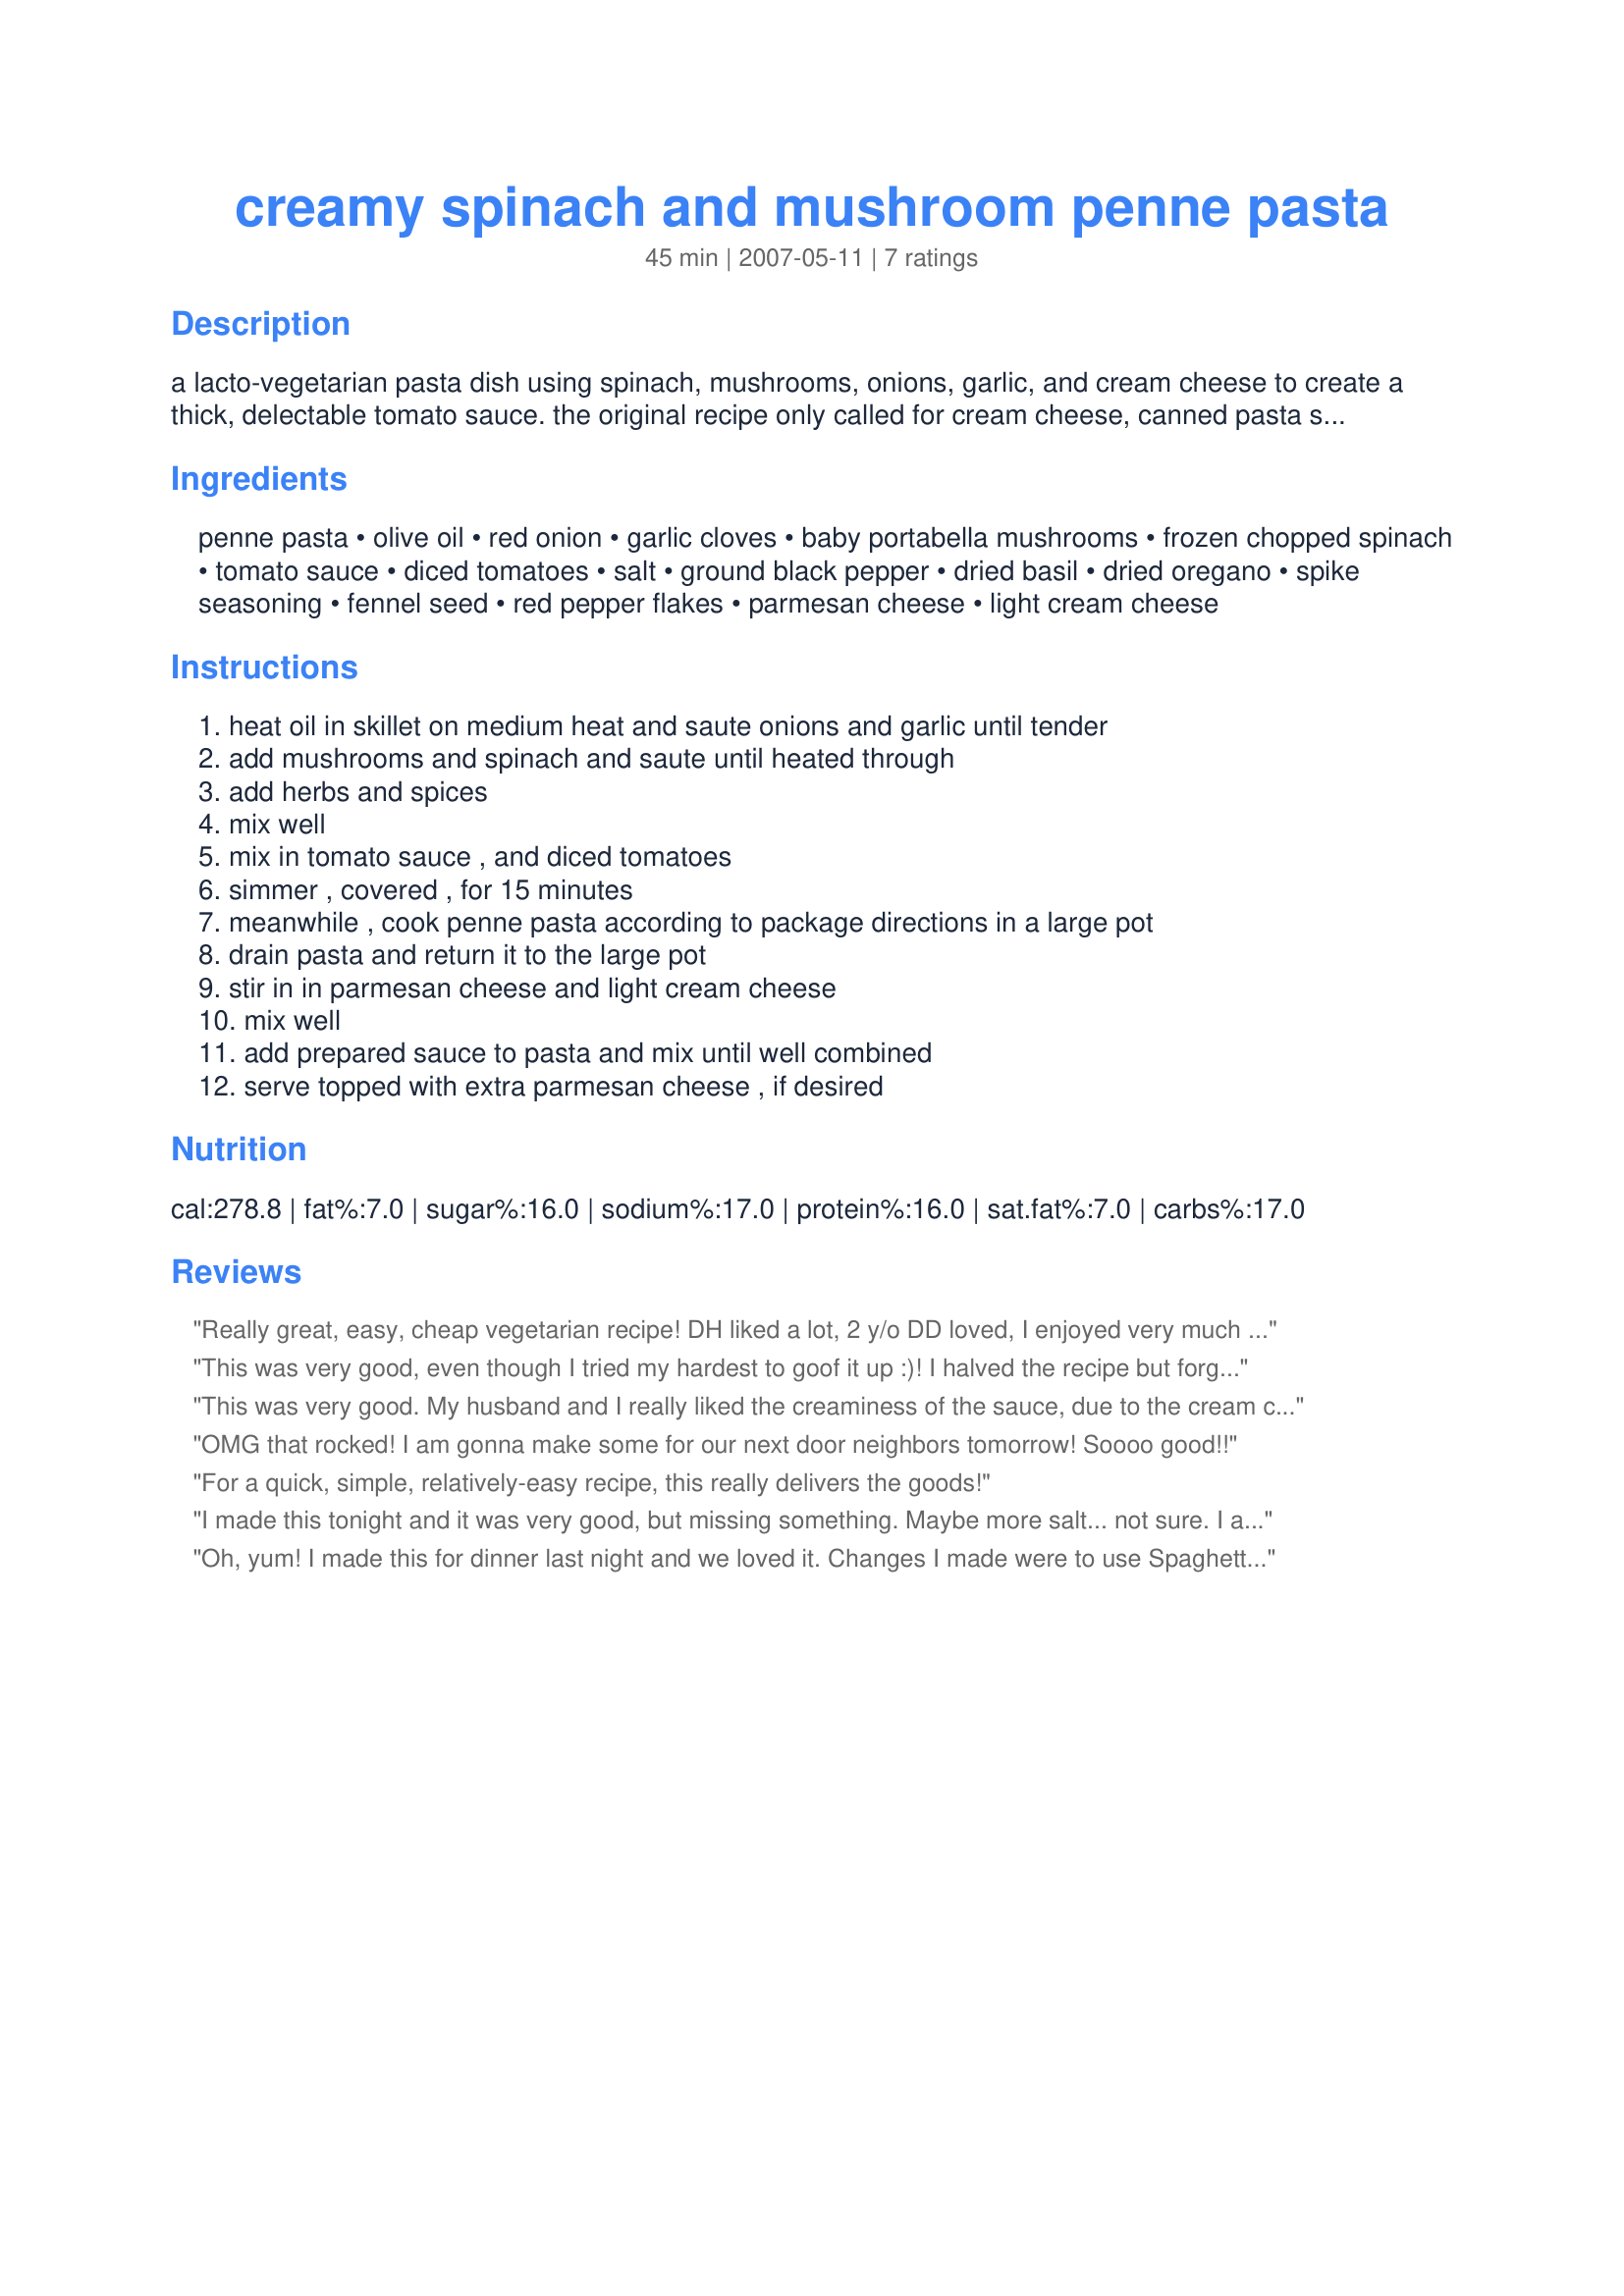
creamy spinach and mushroom penne pasta
Preparation time: 45 minutes

a lacto-vegetarian pasta dish using spinach, mushrooms, onions, garlic, and cream cheese to create a thick, delectable tomato sauce. the original recipe only called for cream cheese, canned pasta sauce, spinach, pasta, and parmesan cheese. i added the mushrooms to give the sauce more substance.

Ingredients:
penne pasta, olive oil, red onion, garlic cloves, baby portabella mushrooms, frozen chopped spinach, tomato sauce, diced tomatoes, salt, ground black pepper, dried basil, dried oregano, spike seasoning, fennel seed, red pepper flakes, parmesan cheese, light cream cheese

Steps:
heat oil in skillet on medium heat and saute onions and garlic until tender, add mushrooms and spinach and saute until heated through, add herbs and spices, mix well, mix in tomato sauce , and diced tomatoes, simmer , covered , for 15 minutes, meanwhile , cook penne pasta according to package directions in a large pot, drain pasta and return it to the large pot, stir in in parmesan cheese and light cream cheese, mix well, add prepared sauce to pasta and mix until well combined, serve topped with extra parmesan cheese , if desired

Reviews:
Really great, easy, cheap vegetarian recipe! DH liked a lot, 2 y/o DD loved, I enjoyed very much :) Omitted the onions because of DH, sauteed the mushrooms until fully cooked before adding garlic and spinach and added an extra clove or garlic. I used bottled pasta sauce (Classico Spinach and Cheese) for speed and ease. Next time I will probably try adding a little sherry to the mushrooms when they're sauteeing. Made homeade garlic bread (hamburger buns toasted with butter, garlic and parm) and salads. An A meal :) Thanks, for the love of veggies!
This was very good, even though I tried my hardest to goof it up :)! I halved the recipe but forgot to halve the cream cheese, parmesan, and spices. Duh! BUT it tasted great nonetheless, and I can't wait to make it again. Made for PAC Spring 2008.
This was very good. My husband and I really liked the creaminess of the sauce, due to the cream cheese. I did add some regular mushrooms along with the portabellas, as I had some that needed to be eaten. I also used fresh spinach instead of frozen. Made for PAC Fall '07. :)
OMG that rocked! I am gonna make some for our next door neighbors tomorrow! Soooo good!!
For a quick, simple, relatively-easy recipe, this really delivers the goods!
I made this tonight and it was very good, but missing something. Maybe more salt... not sure. I added a little extra tomato sauce and diced tomatoes (an extra ounce or two of each) and added 1 more tablespoon of cream cheese. I also omitted the fennel seeds and spike seasoning. I don't think those are the two things that made it taste "off," although maybe the salt in the Spike would have made a difference. I'll definitely be making this again and will buy some Spike (and update my review when I do). I also used fresh spinach instead of frozen, white onion instead of red, and white mushrooms instead of portabella. One tip: add the garlic during the last minute of the onion cooking or it will burn. Overall, I liked it and will add it to my cookbook for a future dinner. Thanks for sharing!
Oh, yum! I made this for dinner last night and we loved it. Changes I made were to use Spaghetti Rigate, 100g of baby spinach leaves which I added right before the tomato sauce, Masterfoods All Purpose Seasoning, extra parmesan, and not having any fennel seeds I had to leave them out. Thank you for a great recipe I will surely make again.
